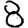
Digit: 8